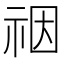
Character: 䄄